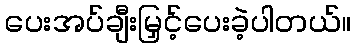
ပေးအပ်ချီးမြှင့်ပေးခဲ့ပါတယ်။